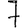
Digit: 7